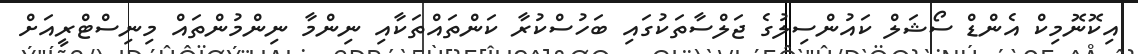
އިކޮނޮމިކް އެންޑް ސޯޝަލް ކައުންސިލުގެ ޖަލްސާތަކުގައި ބަހުސްކުރާ ކަންތައްތަކާއި ނިންމާ ނިންމުންތައް މިނިސްޓްރީއަށް